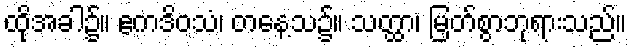
ထိုအခါ၌။ ဧကဒိဝသံ၊ တနေ့သ၌။ သတ္ထာ၊ မြတ်စွာဘုရားသည်။